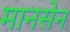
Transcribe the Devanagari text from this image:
मानसेन